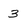
Character: 3